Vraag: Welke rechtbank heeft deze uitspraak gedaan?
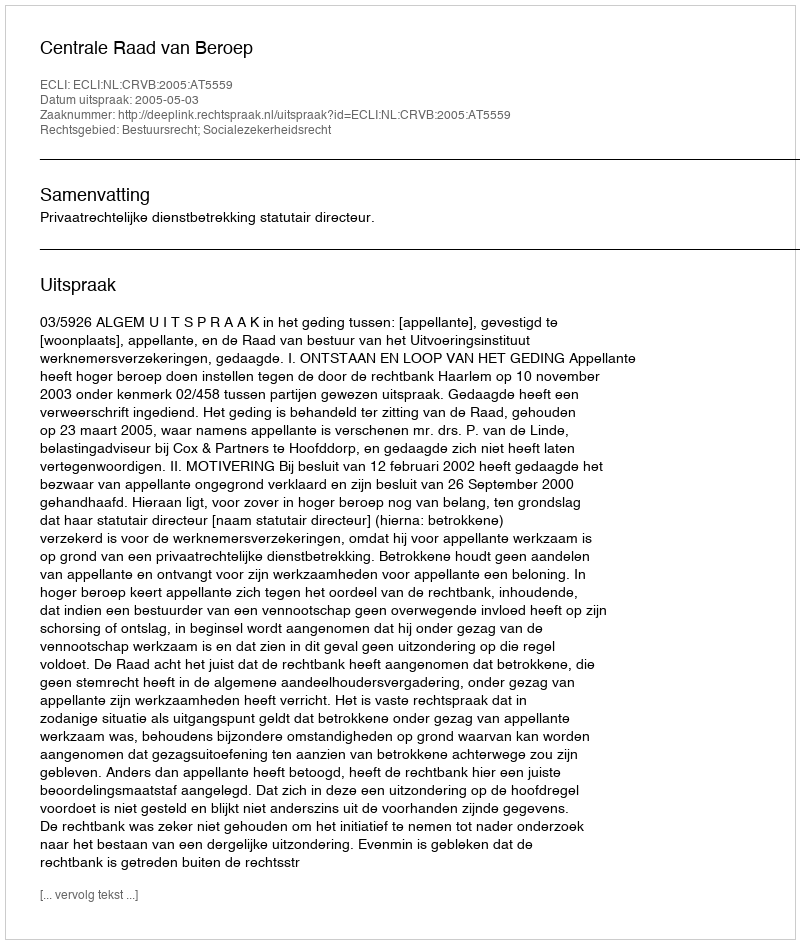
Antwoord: Centrale Raad van Beroep